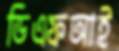
ডিএফআই